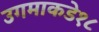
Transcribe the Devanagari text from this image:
उगमाकडे१८